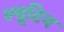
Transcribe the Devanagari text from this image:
ल्यूटिन